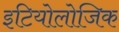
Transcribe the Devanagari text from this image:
इटियोलोजिक